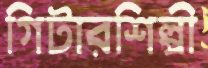
গিটারশিল্পী